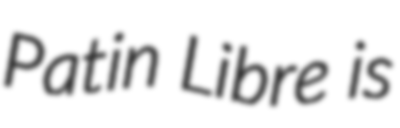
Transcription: Patin Libre is